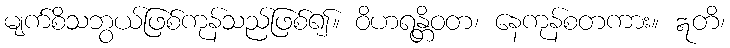
မျက်စိသဘွယ်ဖြစ်ကုန်သည်ဖြစ်၍။ ဝိဟရန္တိဝတ၊ နေကုန်စတကား။ ဣတိ၊